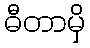
ဓီတာမှိ